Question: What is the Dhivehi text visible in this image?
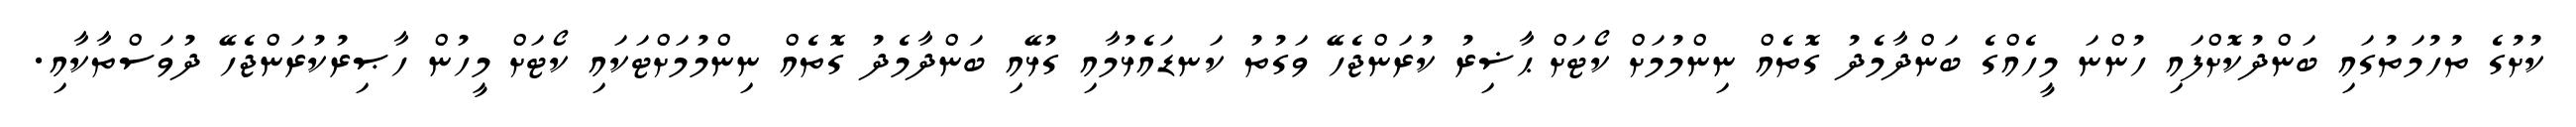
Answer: ކުށުގެ ތުހުމަތުގައި ބަންދުކޮށްފައި ހުންނަ މީހެއްގެ ބަންދާމެދު ގޮތެއް ނިންމުމަށް ކޯޓަށް ޙާޟިރު ކުރަންޖެހޭ ވަގުތު ކަނޑައެޅުމާއި ގުޅޭއި ބަންދާމެދު ގޮތެއް ނިންމުމަށްޓަކައި ކޯޓަށް މީހުން ހާޞިރުކުރަންޖެހޭ ދުވަސްތާކާއި.